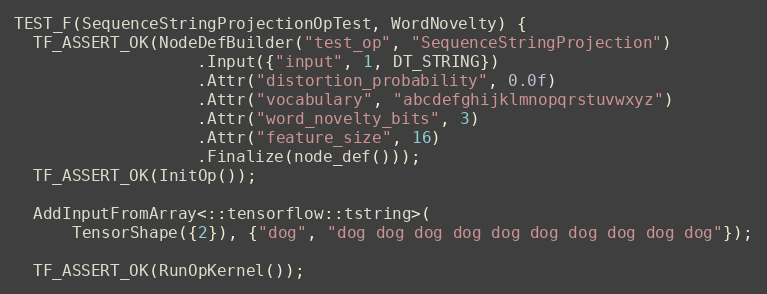
Language: C++
TEST_F(SequenceStringProjectionOpTest, WordNovelty) {
  TF_ASSERT_OK(NodeDefBuilder("test_op", "SequenceStringProjection")
                   .Input({"input", 1, DT_STRING})
                   .Attr("distortion_probability", 0.0f)
                   .Attr("vocabulary", "abcdefghijklmnopqrstuvwxyz")
                   .Attr("word_novelty_bits", 3)
                   .Attr("feature_size", 16)
                   .Finalize(node_def()));
  TF_ASSERT_OK(InitOp());

  AddInputFromArray<::tensorflow::tstring>(
      TensorShape({2}), {"dog", "dog dog dog dog dog dog dog dog dog dog"});

  TF_ASSERT_OK(RunOpKernel());